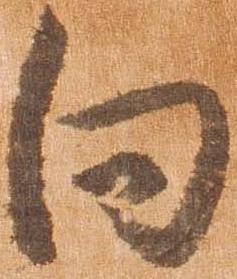
向